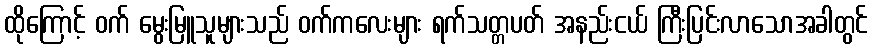
ထိုကြောင့် ဝက် မွေးမြူသူများသည် ဝက်ကလေးများ ရက်သတ္တပတ် အနည်းငယ် ကြီးပြင်းလာသောအခါတွင်